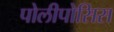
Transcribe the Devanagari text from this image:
पोलीपोसिस